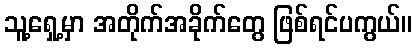
သူ့ရှေ့မှာ အတိုက်အခိုက်တွေ ဖြစ်ရင်ပကွယ်။